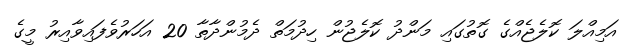
އަމިއްލަ ކޮލެޖެއްގެ ގޮތުގައި މަންދު ކޮލެޖުން ހިދުމަތް ދެމުންދާތާ 20 އަހަރުވެފައިވާއިރު މީގެ